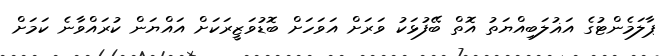
ޕާލަމެންޓުގެ އަޣުލަބިއްޔަތު އޮތް ބޭފުޅަކު ވަރަށް އަވަހަށް ބޮޑުވަޒީރަކަށް އައްޔަން ކުރައްވާނެ ކަމަށް